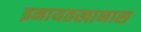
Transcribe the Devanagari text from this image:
इनायतखानास